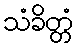
သံခိတ္တံ